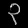
Digit: ၃